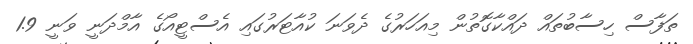
ތަފާސް ހިސާބުތައް ދައްކާގޮތުން މިއަހަރުގެ ދެވަނަ ކުއާޓަރުގައި އެސްޓީއޯގެ އާމްދަނީ ވަނީ 1.9